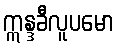
ဣန္ဒခီလူပမော